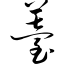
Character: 薹